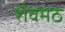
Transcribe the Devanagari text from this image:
शैवमठ